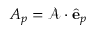
A _ { p } = \mathcal { A } \cdot \hat { \mathbf { e } } _ { p }